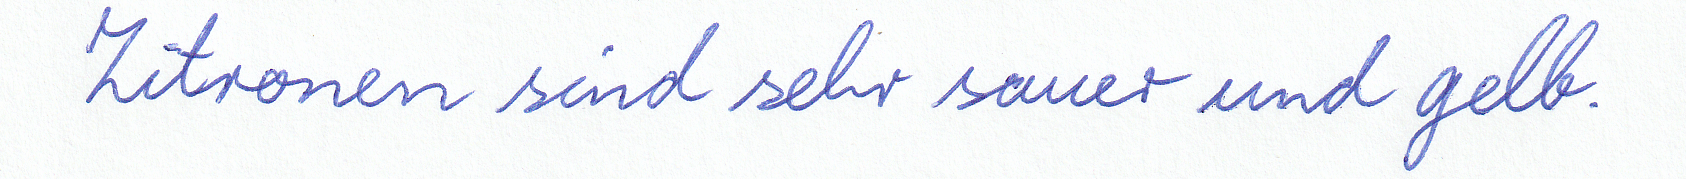
Zitronen sind sehr sauer und gelb.